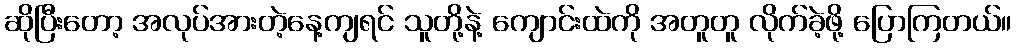
ဆိုပြီးတော့ အလုပ်အားတဲ့နေ့ကျရင် သူတို့နဲ့ ကျောင်းထဲကို အတူတူ လိုက်ခဲ့ဖို့ ပြောကြတယ်။